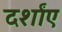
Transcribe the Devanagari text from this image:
दर्शांए